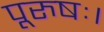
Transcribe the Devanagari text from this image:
पूरुषः।